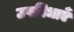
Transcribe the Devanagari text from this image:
उपविधाएँ